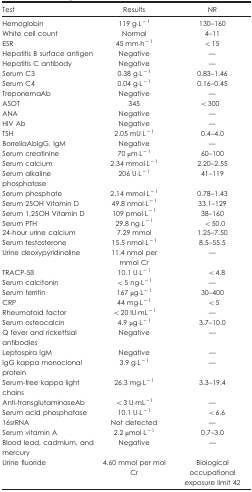
<table><thead><tr><td><b>Test</b></td><td><b>Results</b></td><td><b>NR</b></td></tr></thead><tbody><tr><td>Hemoglobin</td><td>119 g·L<sup>−1</sup></td><td>130–160</td></tr><tr><td>White cell count</td><td>Normal</td><td>4–11</td></tr><tr><td>ESR</td><td>45 mm·h<sup>−1</sup></td><td>&lt;15</td></tr><tr><td>Hepatitis B surface antigen</td><td>Negative</td><td>—</td></tr><tr><td>Hepatitis C antibody</td><td>Negative</td><td>—</td></tr><tr><td>Serum C3</td><td>0.38 g·L<sup>−1</sup></td><td>0.83–1.46</td></tr><tr><td>Serum C4</td><td>0.04 g·L<sup>−1</sup></td><td>0.16–0.45</td></tr><tr><td>TreponemaAb</td><td>Negative</td><td>—</td></tr><tr><td>ASOT</td><td>345</td><td>&lt;300</td></tr><tr><td>ANA</td><td>Negative</td><td>—</td></tr><tr><td>HIV Ab</td><td>Negative</td><td>—</td></tr><tr><td>TSH</td><td>2.05 mU·L<sup>−1</sup></td><td>0.4–4.0</td></tr><tr><td>BorreliaAbIgG, IgM</td><td>Negative</td><td>—</td></tr><tr><td>Serum creatinine</td><td>70 μm·L<sup>−1</sup></td><td>60–100</td></tr><tr><td>Serum calcium</td><td>2.34 mmol·L<sup>−1</sup></td><td>2.20–2.55</td></tr><tr><td>Serum alkaline phosphatase</td><td>206 U·L<sup>−1</sup></td><td>41–119</td></tr><tr><td>Serum phosphate</td><td>2.14 mmol·L<sup>−1</sup></td><td>0.78–1.43</td></tr><tr><td>Serum 25OH Vitamin D</td><td>49.8 nmol·L<sup>−1</sup></td><td>33.1–129</td></tr><tr><td>Serum 1,25OH Vitamin D</td><td>109 pmol·L<sup>−1</sup></td><td>38–160</td></tr><tr><td>Serum PTH</td><td>29.8 ng·L<sup>−1</sup></td><td>&lt;50.0</td></tr><tr><td>24-hour urine calcium</td><td>7.29 mmol</td><td>1.25–7.50</td></tr><tr><td>Serum testosterone</td><td>15.5 nmol·L<sup>−1</sup></td><td>8.5–55.5</td></tr><tr><td>Urine deoxypyridinoline</td><td>11.4 nmol per mmol Cr</td><td>—</td></tr><tr><td>TRACP-5ß</td><td>10.1 U·L<sup>−1</sup></td><td>&lt;4.8</td></tr><tr><td>Serum calcitonin</td><td>&lt;5 ng·L<sup>−1</sup></td><td>—</td></tr><tr><td>Serum ferritin</td><td>167 μg·L<sup>−1</sup></td><td>30–400</td></tr><tr><td>CRP</td><td>44 mg·L<sup>−1</sup></td><td>&lt;5</td></tr><tr><td>Rheumatoid factor</td><td>&lt;20 IU·mL<sup>−1</sup></td><td>—</td></tr><tr><td>Serum osteocalcin</td><td>4.9 μg·L<sup>−1</sup></td><td>3.7–10.0</td></tr><tr><td>Q fever and rickettsial antibodies</td><td>Negative</td><td>—</td></tr><tr><td>Leptospira IgM</td><td>Negative</td><td>—</td></tr><tr><td>IgG kappa monoclonal protein</td><td>3.9 g·L<sup>−1</sup></td><td>—</td></tr><tr><td>Serum-free kappa light chains</td><td>26.3 mg·L<sup>−1</sup></td><td>3.3–19.4</td></tr><tr><td>Anti-transglutaminaseAb</td><td>&lt;3 U·mL<sup>−1</sup></td><td>—</td></tr><tr><td>Serum acid phosphatase</td><td>10.1 U·L<sup>−1</sup></td><td>&lt;6.6</td></tr><tr><td>16srRNA</td><td>Not detected</td><td>—</td></tr><tr><td>Serum vitamin A</td><td>2.2 μmol·L<sup>−1</sup></td><td>0.7–3.0</td></tr><tr><td>Blood lead, cadmium, and mercury</td><td>Negative</td><td>—</td></tr><tr><td>Urine fluoride</td><td>4.60 mmol per mol Cr</td><td>Biological occupational exposure limit 42</td></tr></tbody></table>